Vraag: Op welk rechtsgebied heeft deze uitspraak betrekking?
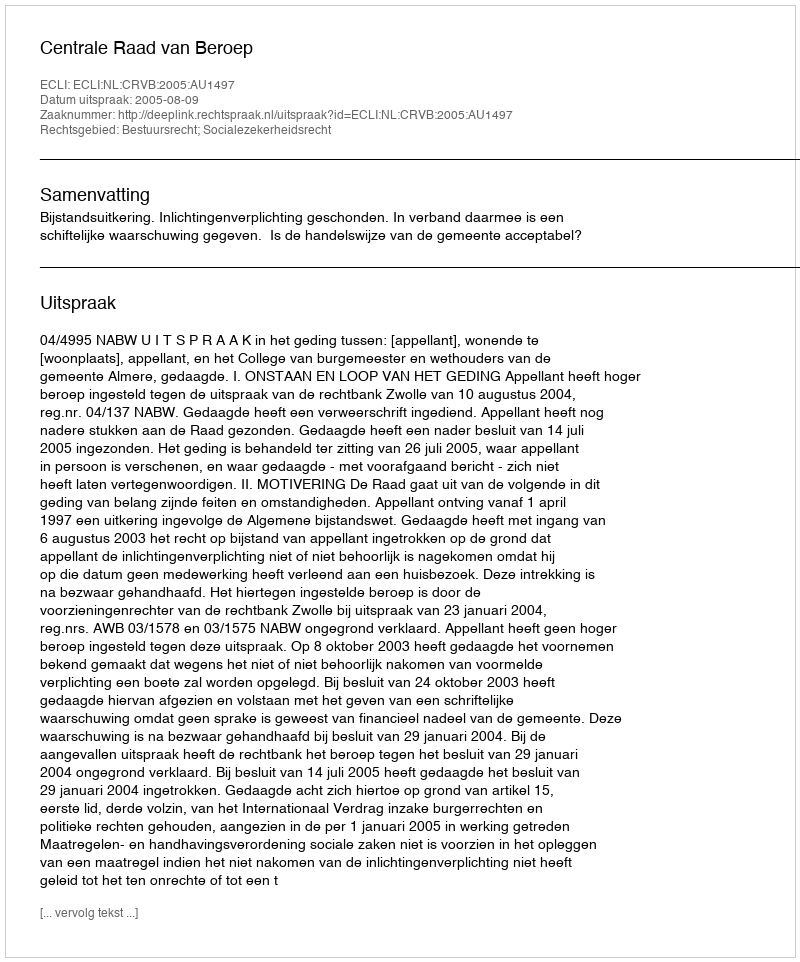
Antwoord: Bestuursrecht; Socialezekerheidsrecht